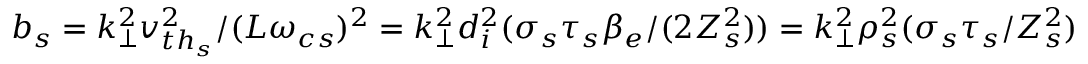
b _ { s } = k _ { \perp } ^ { 2 } v _ { { t h } _ { s } } ^ { 2 } / ( L \omega _ { c s } ) ^ { 2 } = k _ { \perp } ^ { 2 } d _ { i } ^ { 2 } ( \sigma _ { s } \tau _ { s } \beta _ { e } / ( 2 Z _ { s } ^ { 2 } ) ) = k _ { \perp } ^ { 2 } \rho _ { s } ^ { 2 } ( \sigma _ { s } \tau _ { s } / Z _ { s } ^ { 2 } )